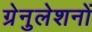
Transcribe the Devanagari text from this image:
ग्रेनुलेशनों